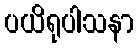
ပယိရုပါသနာ